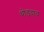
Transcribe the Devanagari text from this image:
थोडय़ाच